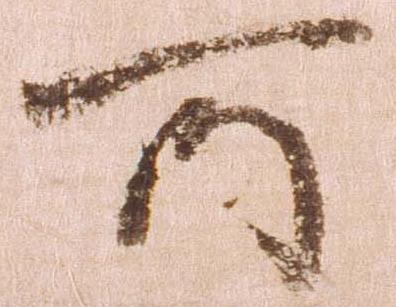
所